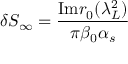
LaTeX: \delta S _ { \infty } = { \frac { \mathrm { I m } r _ { 0 } ( \lambda _ { L } ^ { 2 } ) } { \pi \beta _ { 0 } \alpha _ { s } } }